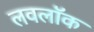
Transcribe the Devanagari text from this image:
लवलॉक